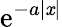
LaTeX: \operatorname{e}^{-a|\mathit{x}|}